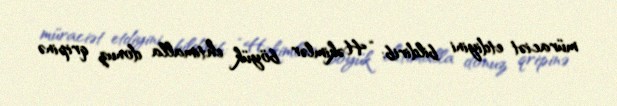
müraciət etdiyini bildirib: “Həkimlər böyük ehtimalla donuz qripinə